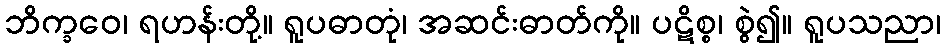
ဘိက္ခဝေ၊ ရဟန်းတို့။ ရူပဓာတုံ၊ အဆင်းဓာတ်ကို။ ပဋိစ္စ၊ စွဲ၍။ ရူပသညာ၊